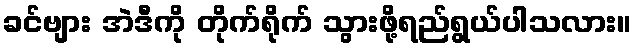
ခင်ဗျား အဲဒီကို တိုက်ရိုက် သွားဖို့ရည်ရွယ်ပါသလား။